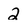
Character: 2